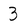
Character: 3